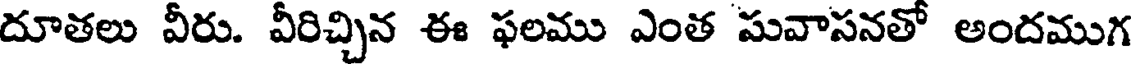
దూతలు వీరు. వీరిచ్చిన ఈ ఫలము ఎంత సువాసనతో అందముగ